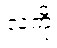
လကို